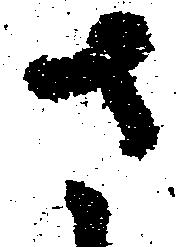
さ